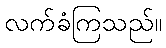
လက်ခံကြသည်။